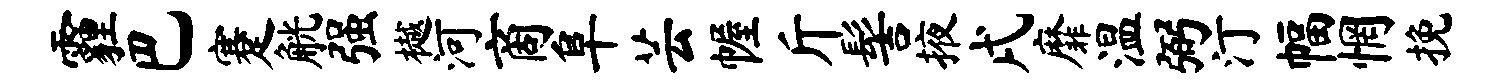
霾巴蹇觥强樾河商阜芸幄斤髻掖戌靡温弼汀幅惘挽